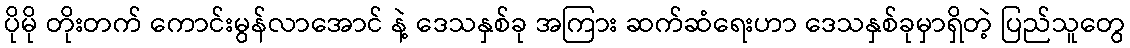
ပိုမို တိုးတက် ကောင်းမွန်လာအောင် နဲ့ ဒေသနှစ်ခု အကြား ဆက်ဆံရေးဟာ ဒေသနှစ်ခုမှာရှိတဲ့ ပြည်သူတွေ